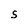
Character: s